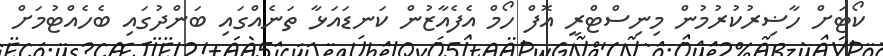
ކޯޓަށް ހާޟިރުކުރުމުން މިނިސްޓްރީ އޮފް ހޯމް އެފެއާޒުން ކަނޑައަޅާ ތަނެއްގައި ބަންދުގައި ބެހެއްޓުމަށް